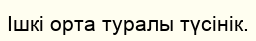
Ішкі орта туралы түсінік.